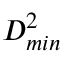
D _ { m i n } ^ { 2 }